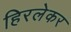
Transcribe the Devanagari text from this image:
हिरलेकर